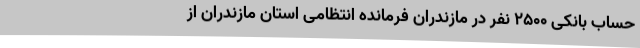
حساب بانکی ۲۵۰۰ نفر در مازندران فرمانده انتظامی استان مازندران از